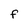
Character: f